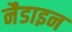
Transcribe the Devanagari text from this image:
नैडाइन